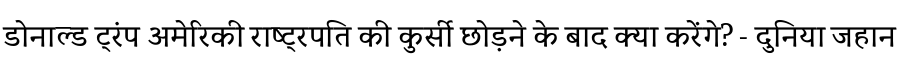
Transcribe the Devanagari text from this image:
डोनाल्ड ट्रंप अमेरिकी राष्ट्रपति की कुर्सी छोड़ने के बाद क्या करेंगे? - दुनिया जहान